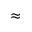
\approx